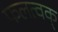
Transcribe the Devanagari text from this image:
फलत्वक्